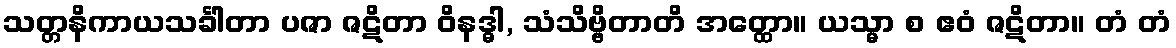
သတ္တနိကာယသင်္ခါတာ ပဇာ ဇဋိတာ ဝိနဒ္ဓါ, သံသိဗ္ဗိတာတိ အတ္ထော။ ယသ္မာ စ ဧဝံ ဇဋိတာ။ တံ တံ